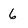
Character: 6